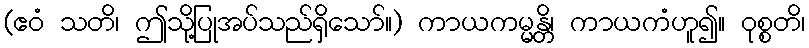
(ဧဝံ သတိ၊ ဤသို့ပြုအပ်သည်ရှိသော်။) ကာယကမ္မန္တိ၊ ကာယကံဟူ၍။ ဝုစ္စတိ၊